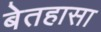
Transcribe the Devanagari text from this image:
बेतहासा